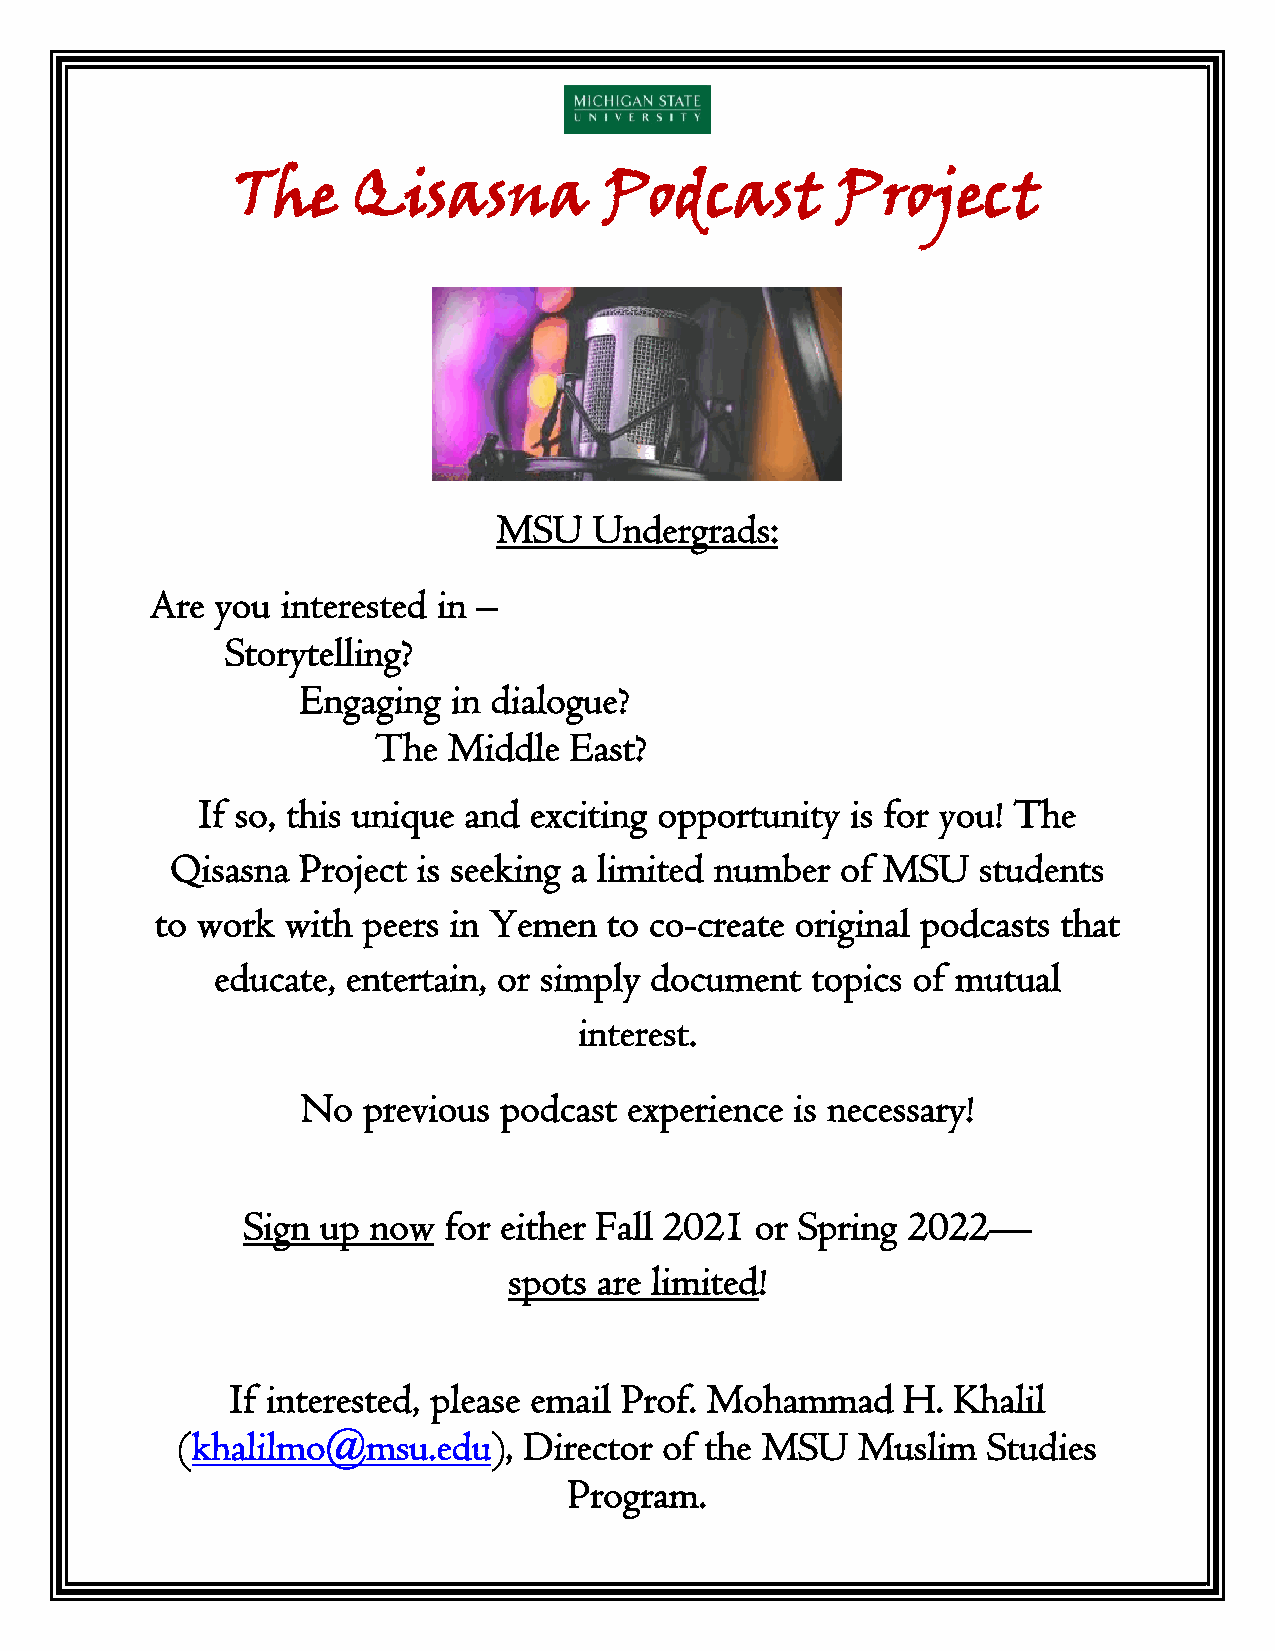
The    Qisasna          Podcast        Project
 MSU   Undergrads:
 Are you  interested in –
 Storytelling?
 Engaging  in dialogue?
 The  Middle  East?
 If so, this unique and exciting opportunity is for you! The
 Qisasna  Project is seeking a limited number of MSU   students
 to work  with peers in Yemen  to co-create original podcasts that
 educate, entertain, or simply document  topics of mutual
 interest.
 No  previous podcast  experience is necessary!
 Sign up now  for either Fall 2021 or Spring 2022—
 spots are limited!
 If interested, please email Prof. Mohammad   H. Khalil
 (khalilmo@msu.edu),    Director of the MSU   Muslim  Studies
 Program.